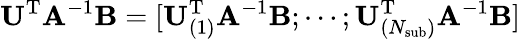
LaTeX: \mathbf{U}^{\mathrm{T}}\mathbf{A}^{-1}\mathbf{B}=[\mathbf{U}_{(1)}^{\mathrm{T}}\mathbf{A}^{-1}\mathbf{B};\cdots;\mathbf{U}_{(N_{\mathrm{sub}})}^{\mathrm{T}}\mathbf{A}^{-1}\mathbf{B}]